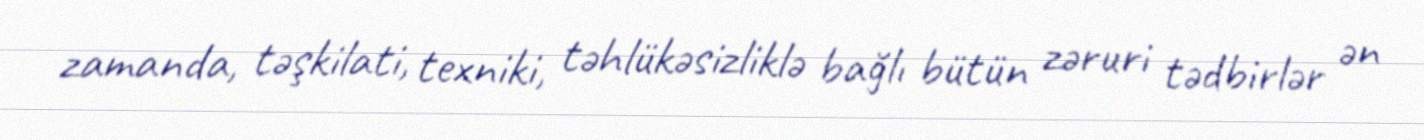
zamanda, təşkilati, texniki, təhlükəsizliklə bağlı bütün zəruri tədbirlər ən